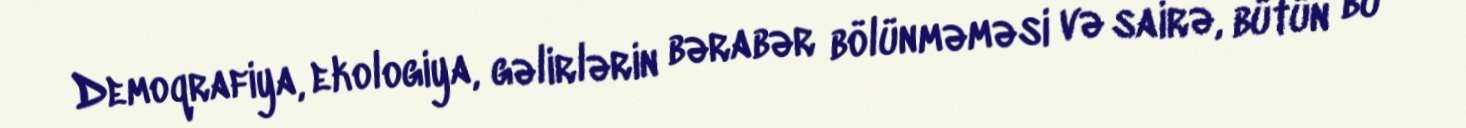
Demoqrafiya, ekologiya, gəlirlərin bərabər bölünməməsi və sairə, bütün bu